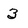
Character: 3